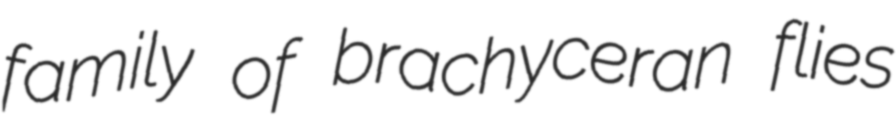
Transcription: family of brachyceran flies